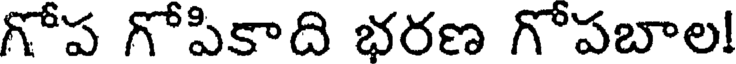
గోప గోపికాది భరణ గోపబాల!